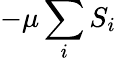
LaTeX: -\mu\sum_{i}S_{i}